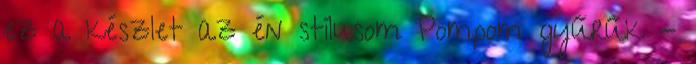
ez a készlet az én stílusom Pompom gyűrűk -